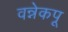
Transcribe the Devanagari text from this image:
वन्नेकपू